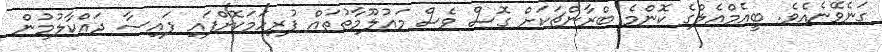
ގަނެވޭނެއެވެ. ބީއެމްއެލްގެ ކޮންމެ ބްރާންޗަކަށް ގޮސް ވެސް މައުލޫމާތުތައް ފުރިހަމަކޮށްފައި ފައިސާ ދައްކާލުމުން